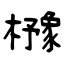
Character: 櫲